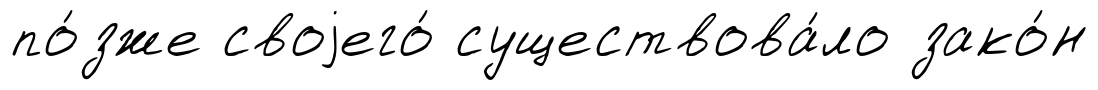
по́зже своjего́ существова́ло зако́н